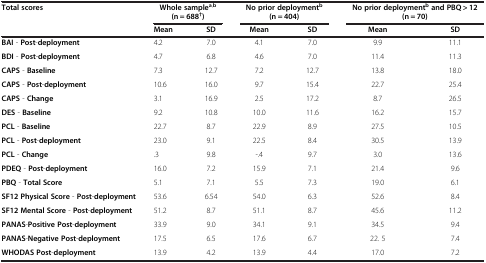
| Total scores | <COLSPAN=2> Whole samplea,b(n = 688†) | <COLSPAN=2> No prior deploymentb (n = 404) | <COLSPAN=2> No prior deploymentb and PBQ > 12 (n = 70) |
 |  | Mean | SD | Mean | SD | Mean | SD |
 | --- | --- | --- | --- | --- | --- | --- |
 | BAI - Post-deployment | 4.2 | 7.0 | 4.1 | 7.0 | 9.9 | 11.1 |
 | BDI - Post-deployment | 4.7 | 6.8 | 4.6 | 7.0 | 11.4 | 11.3 |
 | CAPS - Baseline | 7.3 | 12.7 | 7.2 | 12.7 | 13.8 | 18.0 |
 | CAPS - Post-deployment | 10.6 | 16.0 | 9.7 | 15.4 | 22.7 | 25.4 |
 | CAPS - Change | 3.1 | 16.9 | 2.5 | 17.2 | 8.7 | 26.5 |
 | DES - Baseline | 9.2 | 10.8 | 10.0 | 11.6 | 16.2 | 15.7 |
 | PCL - Baseline | 22.7 | 8.7 | 22.9 | 8.9 | 27.5 | 10.5 |
 | PCL - Post-deployment | 23.0 | 9.1 | 22.5 | 8.4 | 30.5 | 13.9 |
 | PCL - Change | .3 | 9.8 | -.4 | 9.7 | 3.0 | 13.6 |
 | PDEQ - Post-deployment | 16.0 | 7.2 | 15.9 | 7.1 | 21.4 | 9.6 |
 | PBQ - Total Score | 5.1 | 7.1 | 5.5 | 7.3 | 19.0 | 6.1 |
 | SF12 Physical Score - Post-deployment | 53.6 | 6.54 | 54.0 | 6.3 | 52.6 | 8.4 |
 | SF12 Mental Score - Post-deployment | 51.2 | 8.7 | 51.1 | 8.7 | 45.6 | 11.2 |
 | PANAS-Positive Post-deployment | 33.9 | 9.0 | 34.1 | 9.1 | 34.5 | 9.4 |
 | PANAS-Negative Post-deployment | 17.5 | 6.5 | 17.6 | 6.7 | 22. 5 | 7.4 |
 | WHODAS Post-deployment | 13.9 | 4.2 | 13.9 | 4.4 | 17.0 | 7.2 |